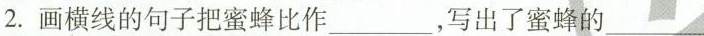
2.画横线的句子把蜜蜂比作___，写出了蜜蜂的___